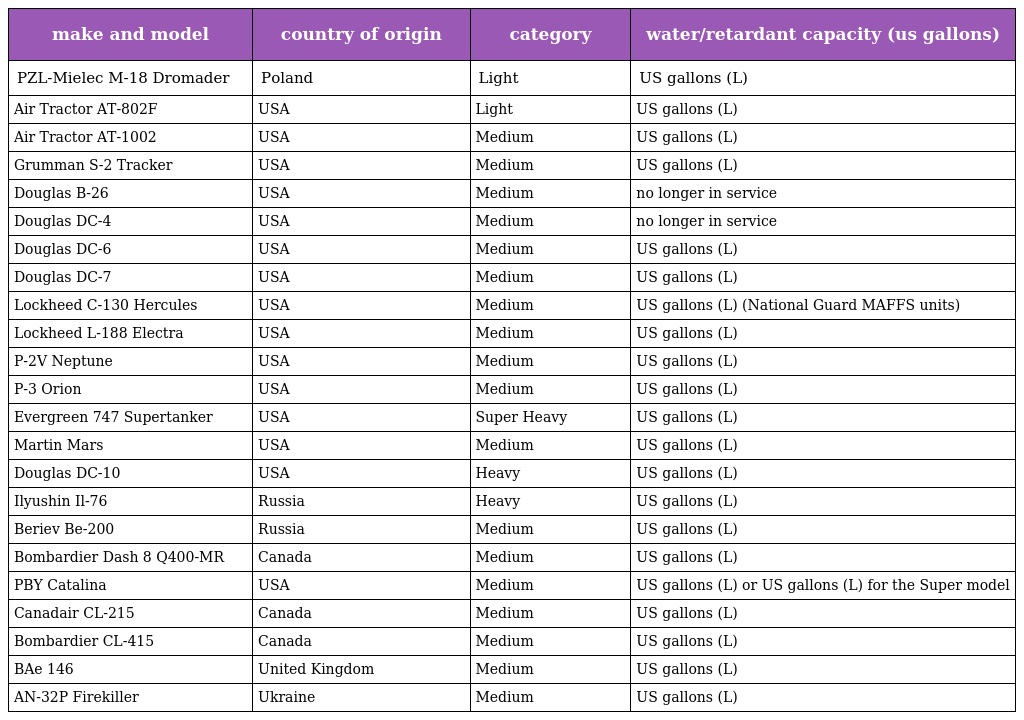
| make and model | country of origin | category | water/retardant capacity (us gallons) |
 | --- | --- | --- | --- |
 | PZL-Mielec M-18 Dromader | Poland | Light | US gallons (L) |
 | Air Tractor AT-802F | USA | Light | US gallons (L) |
 | Air Tractor AT-1002 | USA | Medium | US gallons (L) |
 | Grumman S-2 Tracker | USA | Medium | US gallons (L) |
 | Douglas B-26 | USA | Medium | no longer in service |
 | Douglas DC-4 | USA | Medium | no longer in service |
 | Douglas DC-6 | USA | Medium | US gallons (L) |
 | Douglas DC-7 | USA | Medium | US gallons (L) |
 | Lockheed C-130 Hercules | USA | Medium | US gallons (L) (National Guard MAFFS units) |
 | Lockheed L-188 Electra | USA | Medium | US gallons (L) |
 | P-2V Neptune | USA | Medium | US gallons (L) |
 | P-3 Orion | USA | Medium | US gallons (L) |
 | Evergreen 747 Supertanker | USA | Super Heavy | US gallons (L) |
 | Martin Mars | USA | Medium | US gallons (L) |
 | Douglas DC-10 | USA | Heavy | US gallons (L) |
 | Ilyushin Il-76 | Russia | Heavy | US gallons (L) |
 | Beriev Be-200 | Russia | Medium | US gallons (L) |
 | Bombardier Dash 8 Q400-MR | Canada | Medium | US gallons (L) |
 | PBY Catalina | USA | Medium | US gallons (L) or US gallons (L) for the Super model |
 | Canadair CL-215 | Canada | Medium | US gallons (L) |
 | Bombardier CL-415 | Canada | Medium | US gallons (L) |
 | BAe 146 | United Kingdom | Medium | US gallons (L) |
 | AN-32P Firekiller | Ukraine | Medium | US gallons (L) |